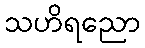
သဟိရညော